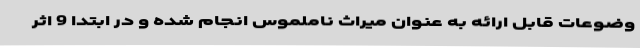
وضوعات قابل ارائه به عنوان میراث ناملموس انجام شده و در ابتدا 9 اثر